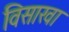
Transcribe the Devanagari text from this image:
विसाखा